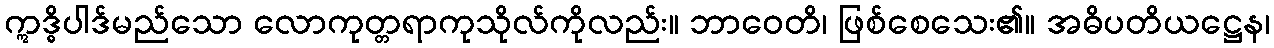
ဣဒ္ဓိပါဒ်မည်သော လောကုတ္တရာကုသိုလ်ကိုလည်း။ ဘာဝေတိ၊ ဖြစ်စေသေး၏။ အဓိပတိယဋ္ဌေန၊